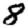
Digit: 8